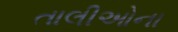
તાલીઓના